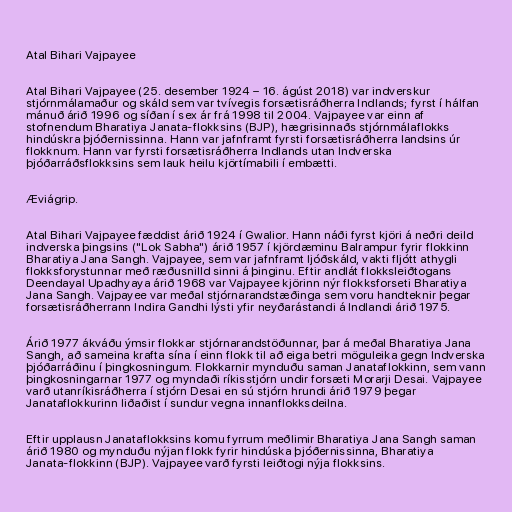
Atal Bihari Vajpayee

Atal Bihari Vajpayee (25. desember 1924 – 16. ágúst 2018) var indverskur
stjórnmálamaður og skáld sem var tvívegis forsætisráðherra Indlands; fyrst í hálfan
mánuð árið 1996 og síðan í sex ár frá 1998 til 2004. Vajpayee var einn af
stofnendum Bharatiya Janata-flokksins (BJP), hægrisinnaðs stjórnmálaflokks
hindúskra þjóðernissinna. Hann var jafnframt fyrsti forsætisráðherra landsins úr
flokknum. Hann var fyrsti forsætisráðherra Indlands utan Indverska
þjóðarráðsflokksins sem lauk heilu kjörtímabili í embætti.

Æviágrip.

Atal Bihari Vajpayee fæddist árið 1924 í Gwalior. Hann náði fyrst kjöri á neðri deild
indverska þingsins ("Lok Sabha") árið 1957 í kjördæminu Balrampur fyrir flokkinn
Bharatiya Jana Sangh. Vajpayee, sem var jafnframt ljóðskáld, vakti fljótt athygli
flokksforystunnar með ræðusnilld sinni á þinginu. Eftir andlát flokksleiðtogans
Deendayal Upadhyaya árið 1968 var Vajpayee kjörinn nýr flokksforseti Bharatiya
Jana Sangh. Vajpayee var meðal stjórnarandstæðinga sem voru handteknir þegar
forsætisráðherrann Indira Gandhi lýsti yfir neyðarástandi á Indlandi árið 1975.

Árið 1977 ákváðu ýmsir flokkar stjórnarandstöðunnar, þar á meðal Bharatiya Jana
Sangh, að sameina krafta sína í einn flokk til að eiga betri möguleika gegn Indverska
þjóðarráðinu í þingkosningum. Flokkarnir mynduðu saman Janataflokkinn, sem vann
þingkosningarnar 1977 og myndaði ríkisstjórn undir forsæti Morarji Desai. Vajpayee
varð utanríkisráðherra í stjórn Desai en sú stjórn hrundi árið 1979 þegar
Janataflokkurinn liðaðist í sundur vegna innanflokksdeilna.

Eftir upplausn Janataflokksins komu fyrrum meðlimir Bharatiya Jana Sangh saman
árið 1980 og mynduðu nýjan flokk fyrir hindúska þjóðernissinna, Bharatiya
Janata-flokkinn (BJP). Vajpayee varð fyrsti leiðtogi nýja flokksins.